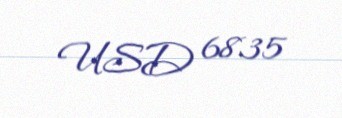
USD 6835